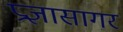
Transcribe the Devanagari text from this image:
प्रज्ञासागर